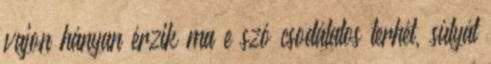
vajon hányan érzik ma e szó csodálatos terhét, súlyát